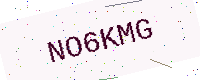
Text: NO6KMG